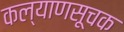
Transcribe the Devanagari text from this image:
कल्याणसूचक